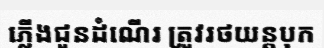
ភ្លើងជូនដំណើរ ត្រូវរថយន្តបុក